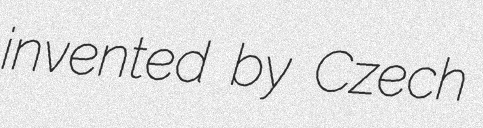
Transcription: invented by Czech